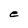
Character: e